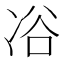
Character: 𠗖